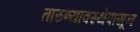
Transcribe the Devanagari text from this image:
तारुण्यावस्थेपासून